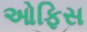
ઓફિસ